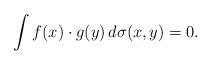
LaTeX: \begin{align*}\int f(x) \cdot g(y)\, d\sigma(x,y)=0.\end{align*}